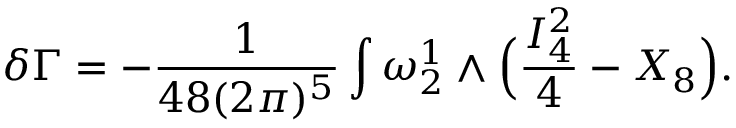
\delta \Gamma = - { \frac { 1 } { 4 8 ( 2 \pi ) ^ { 5 } } } \int \omega _ { 2 } ^ { 1 } \wedge \Big ( { \frac { I _ { 4 } ^ { 2 } } { 4 } } - X _ { 8 } \Big ) .